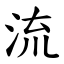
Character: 流